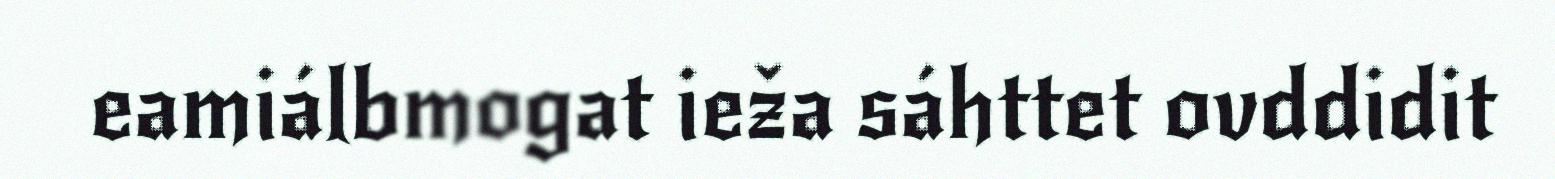
eamiálbmogat ieža sáhttet ovddidit